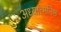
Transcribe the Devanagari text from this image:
अध्यात्मनिष्ठ